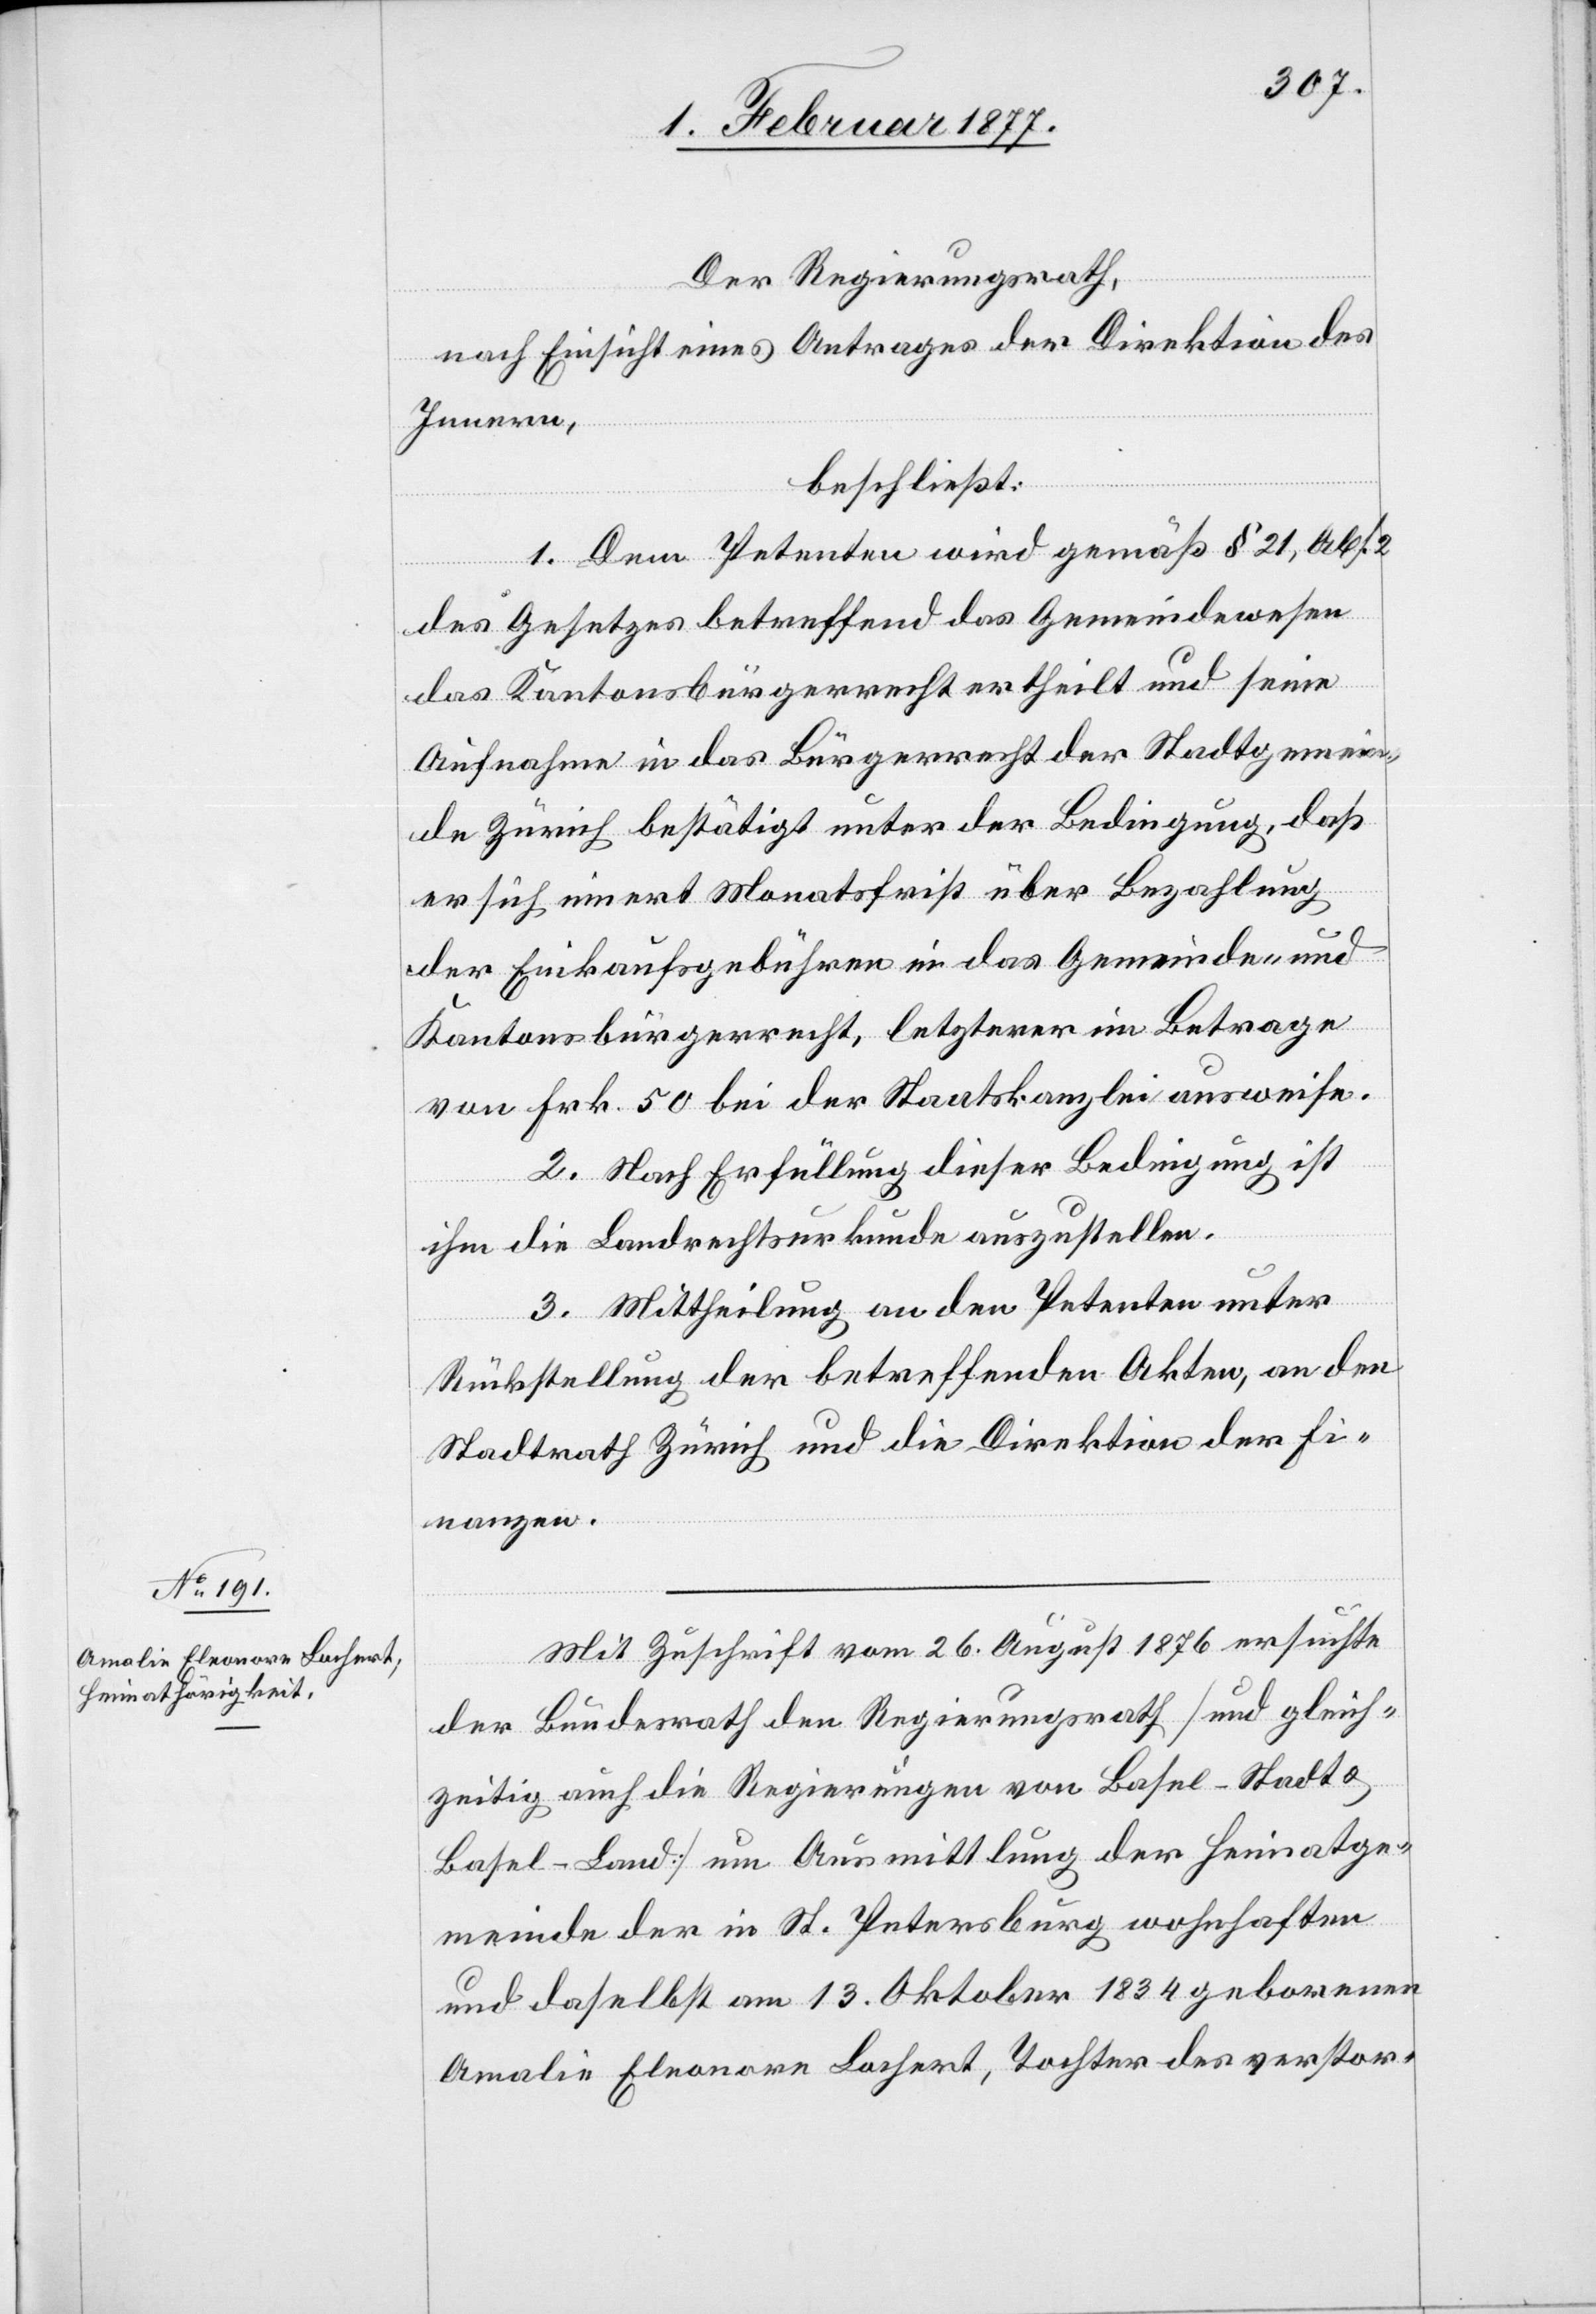
Der Regierungsrath,
nach Einsicht eines Antrages der Direktion des
Innern,
beschließt:
1. Dem Petenten wird gemäß § 21, Abs.
2
des Gesetzes betreffend das Gemeindewesen
das Kantonsbürgerrecht ertheilt und seine
Aufnahme in das Bürgerrecht der Stadtgemein¬
de Zürich bestätigt unter der Bedingung, daß
er sich innert Monatsfrist über Bezahlung
der Einkaufsgebühren in das Gemeinde- und
Kantonsbürgerrecht, letzterer im Betrag
von Frk. 50 bei der Staatskanzlei ausweise.
2. Nach Erfüllung dieser Bedingung ist
ihm die Landrechtsurkunde auszustellen.
3. Mittheilung an den Petenten unter
Rückstellung der betreffenden Akten, an den
Stadtrath Zürich und die Direktion der Fi¬
nanzen.
Mit Zuschrift vom 26. August 1876 ersuchte
der Bundesrath den Regierungsrath [und gleich¬
zeitig auch die Regierungen von Basel-Stadt &
Basel-Land] um Ausmittlung der Heimatge¬
meinde der in St. Petersburg wohnhaften
und daselbst am 13. Oktober 1834 geborenen
Amalie Eleonore Lochert, Tochter des verstor-